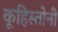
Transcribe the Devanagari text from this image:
कूहिस्तोनी